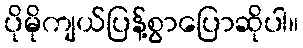
ပိုမိုကျယ်ပြန့်စွာပြောဆိုပါ။